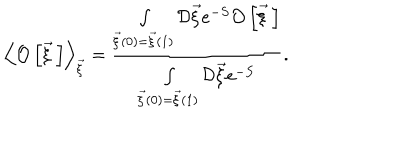
LaTeX: \left< { \cal O } \left[ \vec { \xi } { \, } \right] \right> _ { \vec { \xi } } = \frac { \int _ { \vec { \xi } ( 0 ) = \vec { \xi } ( 1 ) } ^ { } { \cal D } \vec { \xi } e ^ { - S } { \cal O } \left[ \vec { \xi } { \, } \right] } { \int _ { \vec { \xi } ( 0 ) = \vec { \xi } ( 1 ) } ^ { } { \cal D } \vec { \xi } e ^ { - S } } .